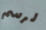
لرسم